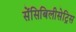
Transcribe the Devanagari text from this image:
सेंसिबिलीसेट्रिस